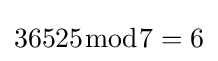
36525{\bmod {7}}=6